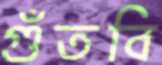
গুঁতবি